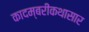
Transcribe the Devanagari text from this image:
कादम्बरीकथासार